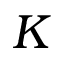
K